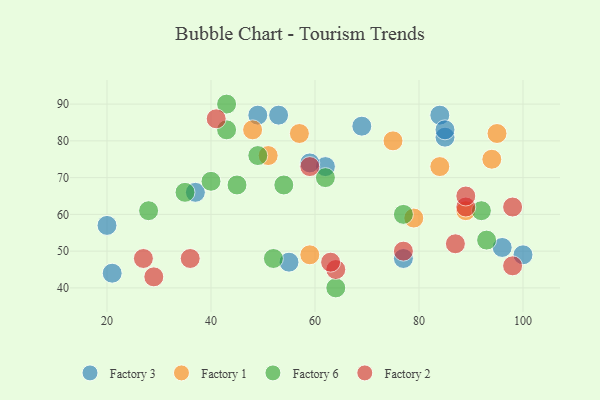
{"axis": {"x": "GDP", "y": "Life Expectancy"}, "legend": ["Factory 1", "Factory 2", "Factory 3", "Factory 6"], "data": [{"x": "21", "y": 44, "type": "Factory 3"}, {"x": "20", "y": 57, "type": "Factory 3"}, {"x": "96", "y": 51, "type": "Factory 3"}, {"x": "49", "y": 87, "type": "Factory 3"}, {"x": "69", "y": 84, "type": "Factory 3"}, {"x": "55", "y": 47, "type": "Factory 3"}, {"x": "85", "y": 81, "type": "Factory 3"}, {"x": "62", "y": 73, "type": "Factory 3"}, {"x": "77", "y": 48, "type": "Factory 3"}, {"x": "84", "y": 87, "type": "Factory 3"}, {"x": "59", "y": 74, "type": "Factory 3"}, {"x": "53", "y": 87, "type": "Factory 3"}, {"x": "85", "y": 83, "type": "Factory 3"}, {"x": "37", "y": 66, "type": "Factory 3"}, {"x": "100", "y": 49, "type": "Factory 3"}, {"x": "48", "y": 83, "type": "Factory 1"}, {"x": "51", "y": 76, "type": "Factory 1"}, {"x": "94", "y": 75, "type": "Factory 1"}, {"x": "75", "y": 80, "type": "Factory 1"}, {"x": "79", "y": 59, "type": "Factory 1"}, {"x": "57", "y": 82, "type": "Factory 1"}, {"x": "59", "y": 49, "type": "Factory 1"}, {"x": "84", "y": 73, "type": "Factory 1"}, {"x": "95", "y": 82, "type": "Factory 1"}, {"x": "89", "y": 61, "type": "Factory 1"}, {"x": "43", "y": 90, "type": "Factory 6"}, {"x": "93", "y": 53, "type": "Factory 6"}, {"x": "62", "y": 70, "type": "Factory 6"}, {"x": "77", "y": 60, "type": "Factory 6"}, {"x": "43", "y": 83, "type": "Factory 6"}, {"x": "54", "y": 68, "type": "Factory 6"}, {"x": "35", "y": 66, "type": "Factory 6"}, {"x": "28", "y": 61, "type": "Factory 6"}, {"x": "40", "y": 69, "type": "Factory 6"}, {"x": "92", "y": 61, "type": "Factory 6"}, {"x": "52", "y": 48, "type": "Factory 6"}, {"x": "64", "y": 40, "type": "Factory 6"}, {"x": "45", "y": 68, "type": "Factory 6"}, {"x": "49", "y": 76, "type": "Factory 6"}, {"x": "64", "y": 45, "type": "Factory 2"}, {"x": "89", "y": 62, "type": "Factory 2"}, {"x": "59", "y": 73, "type": "Factory 2"}, {"x": "36", "y": 48, "type": "Factory 2"}, {"x": "41", "y": 86, "type": "Factory 2"}, {"x": "77", "y": 50, "type": "Factory 2"}, {"x": "98", "y": 62, "type": "Factory 2"}, {"x": "63", "y": 47, "type": "Factory 2"}, {"x": "89", "y": 65, "type": "Factory 2"}, {"x": "87", "y": 52, "type": "Factory 2"}, {"x": "27", "y": 48, "type": "Factory 2"}, {"x": "29", "y": 43, "type": "Factory 2"}, {"x": "98", "y": 46, "type": "Factory 2"}]}